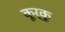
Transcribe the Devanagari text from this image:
कूर्कू